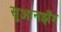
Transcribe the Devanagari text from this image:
सुआनझँग